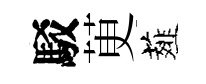
駁茰薤